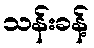
သန်းခန့်